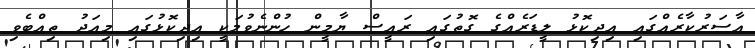
އާސަރުކާރެއްގައި އިދިކޮޅު ލީޑަރެއްގެ ގޮތުގައި ރައީސް ޔާމީން ހުންނެވުމަކީ އިދިކޮޅުގައި މިއަދު ތިއްބެވި